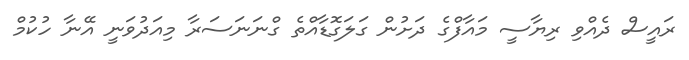
ރައީސް ދެއްވި ރިޔާސީ މައާފްގެ ދަށުން ގަލަގޮޑާއްތެ ގްނަނަސަރާ މިއަދުވަނީ އޭނާ ހުކުމް